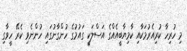
މި ހުރިހާ ކުރިއެރުމަކާއި ކާމިޔާބީއެއްގެ އަސްލަކީ ގައުމުގެ ހުންގާނުގައި ހުންނެވި ކެރޭ ހީވާގި